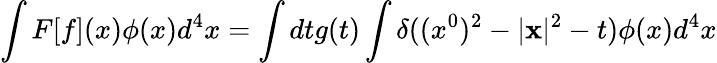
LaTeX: \int F[f](x)\phi(x)d^{4}x=\int dtg(t)\int\delta((x^{0})^{2}-|{\mathbf x}|^{2}-t)\phi(x)d^{4}x